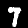
Digit: 7